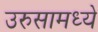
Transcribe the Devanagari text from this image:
उरुसामध्ये